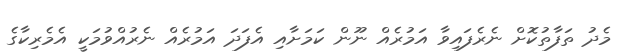
މެދު ތަފާތުކޮށް ނެރެފައިވާ އަމުރެއް ނޫން ކަމަށާއި އެފަދަ އަމުރެއް ނެރުއްވުމަކީ އެމެރިކާގެ